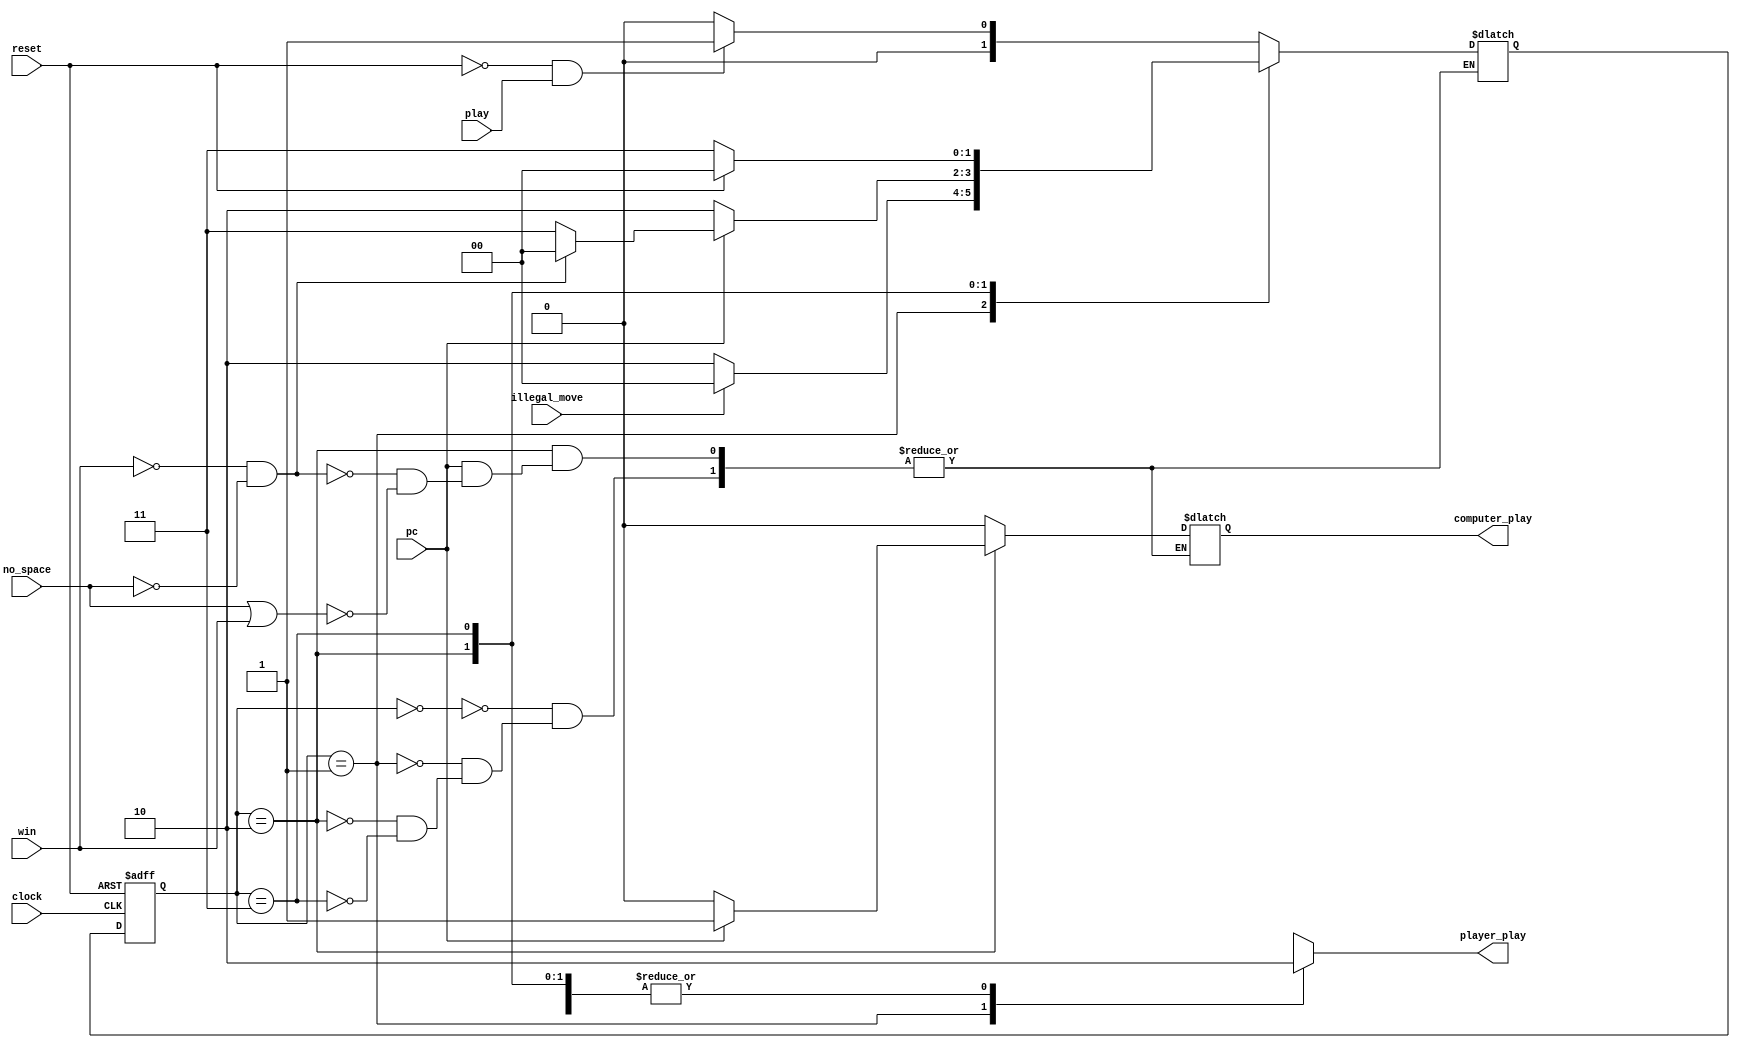
module fsm_controller(
     input clock,
     input reset,
     play, 
     pc,
     illegal_move,
     no_space,
     win, 
     output reg computer_play, 
     player_play 
     );

parameter IDLE=2'b00;
parameter PLAYER=2'b01;
parameter COMPUTER=2'b10;
parameter GAME_DONE=2'b11;
reg[1:0] current_state, next_state;

always @(posedge clock or posedge reset) 
begin 
 if(reset)
  current_state <= IDLE;
 else 
  current_state <= next_state;
end 

always @(*)
 begin
 case(current_state)
 IDLE: begin 
  if(reset==1'b0 && play == 1'b1)
   next_state <= PLAYER; 
  else 
   next_state <= IDLE;
  player_play <= 1'b0;
  computer_play <= 1'b0;
 end 
 PLAYER:begin 
  player_play <= 1'b1;
  computer_play <= 1'b0;
  if(illegal_move==1'b0)
   next_state <= COMPUTER; 
  else 
   next_state <= IDLE;
 end 
 COMPUTER:begin 
  player_play <= 1'b0;
  if(pc==1'b0) begin 
   next_state <= COMPUTER;
   computer_play <= 1'b0;
  end
  else if(win==1'b0 && no_space == 1'b0)
  begin 
   next_state <= IDLE;
   computer_play <= 1'b1;
  end 
  else if(no_space == 1 || win ==1'b1)
  begin 
   next_state <= GAME_DONE; 
   computer_play <= 1'b1;
  end  
 end 
 GAME_DONE:begin 
  player_play <= 1'b0;
  computer_play <= 1'b0; 
  if(reset==1'b1) 
   next_state <= IDLE;
  else 
   next_state <= GAME_DONE;  
 end 
 default: next_state <= IDLE; 
 endcase
 end
endmodule